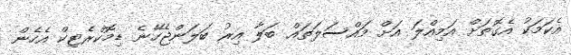
އެކަމަކު އެގޮތަށް އަމިއްލަ އަށް މައްސަލަތައް ބަލާ އިރު ބަލަންޖެހޭނެ ޑިމޮކްރެޓިކް އެހެން